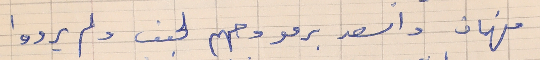
فهمان واسعد برمو وجهم لجنب ولم يردوا